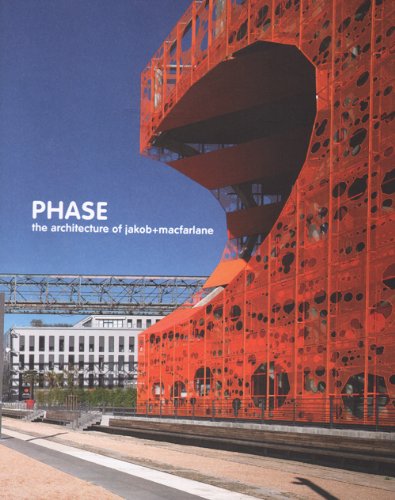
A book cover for Phase - The Architecture Of Jakob+macfarlane; Anna Yudina; Arts & Photography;